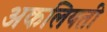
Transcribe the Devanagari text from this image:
अकलियती